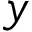
y